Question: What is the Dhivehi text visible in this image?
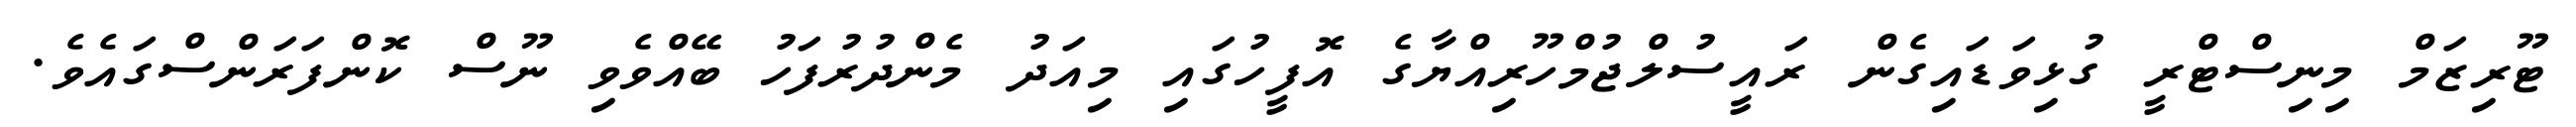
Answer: ޓޫރިޒަމް މިނިސްޓްރީ ގުޅިވަޑައިގެން ރައީސުލްޖުމްހޫރިއްޔާގެ އޮފީހުގައި މިއަދު މެންދުރުފަހު ބޭއްވެވި ނޫސް ކޮންފަރަންސްގައެވެ.